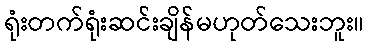
ရုံးတက်ရုံးဆင်းချိန်မဟုတ်သေးဘူး။